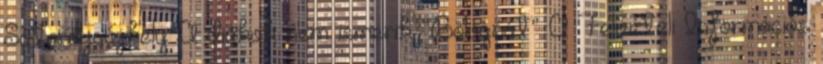
Sátoraljaújhely A diákok nem ismerik “Bolognát” A Felvételi Információs